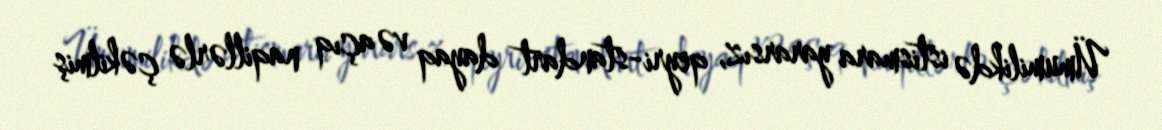
Ümumilikdə istismara yararsız, qeyri-standart dayaq və açıq naqillərlə çəkilmiş